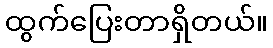
ထွက်ပြေးတာရှိတယ်။